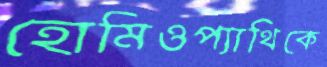
হোমিওপ্যাথিকে